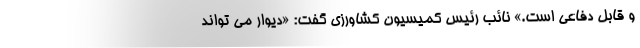
و قابل دفاعی است.» نائب رئیس کمیسیون کشاورزی گفت: «دیوار می تواند